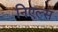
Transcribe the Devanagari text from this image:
निएल्स